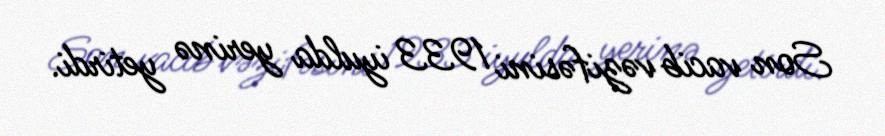
Son vacib vəzifəsini 1933 iyulda yerinə yetirdi.